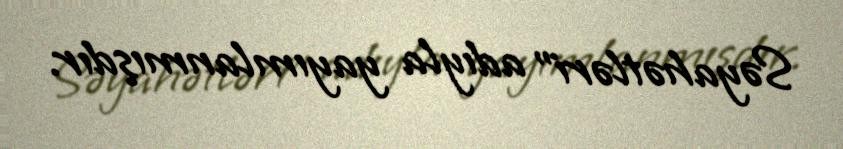
Səyahətləri" adıyla yayımlanmışdır.